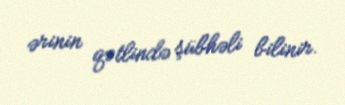
ərinin qətlində şübhəli bilinir.